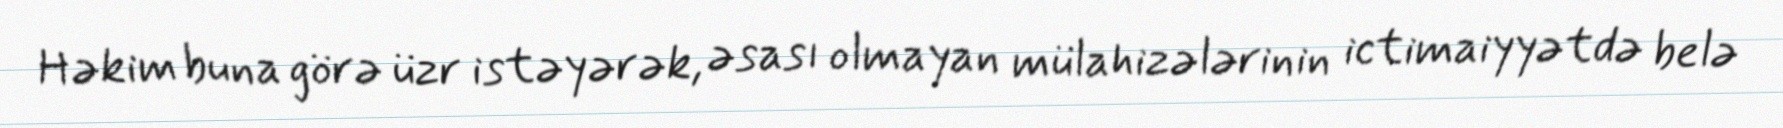
Həkim buna görə üzr istəyərək, əsası olmayan mülahizələrinin ictimaiyyətdə belə